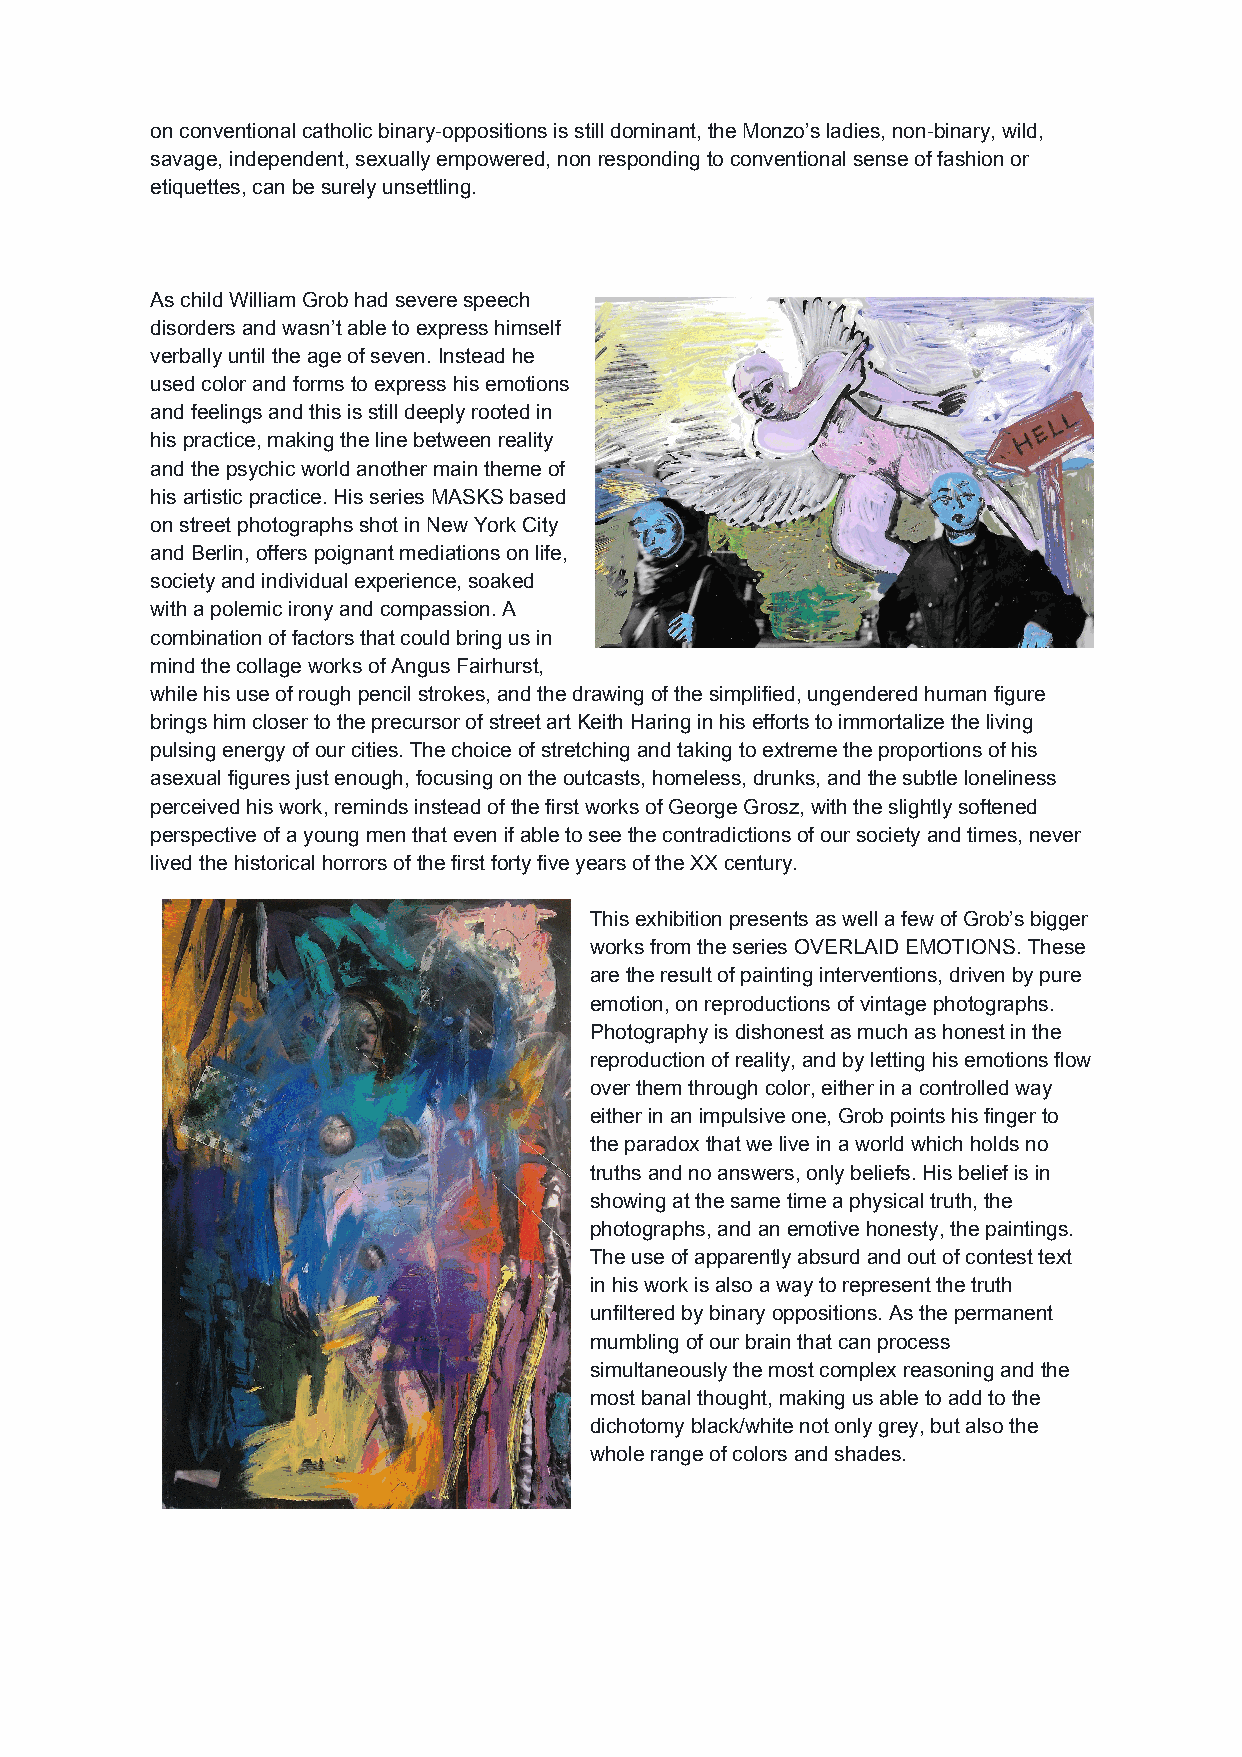
on conventional catholic binary-oppositions is still dominant, the Monzo’s ladies, non-binary, wild,
 savage, independent, sexually empowered, non responding to conventional sense of fashion or
 etiquettes, can be surely unsettling.
 As child William Grob had severe speech
 disorders and wasn’t able to express himself
 verbally until the age of seven. Instead he
 used color and forms to express his emotions
 and feelings and this is still deeply rooted in
 his practice, making the line between reality
 and the psychic world another main theme of
 his artistic practice. His series MASKS based
 on street photographs shot in New York City
 and Berlin, offers poignant mediations on life,
 society and individual experience, soaked
 with a polemic irony and compassion. A
 combination of factors that could bring us in
 mind the collage works of Angus Fairhurst,
 while his use of rough pencil strokes, and the drawing of the simplified, ungendered human figure
 brings him closer to the precursor of street art Keith Haring in his efforts to immortalize the living
 pulsing energy of our cities. The choice of stretching and taking to extreme the proportions of his
 asexual figures just enough, focusing on the outcasts, homeless, drunks, and the subtle loneliness
 perceived his work, reminds instead of the first works of George Grosz, with the slightly softened
 perspective of a young men that even if able to see the contradictions of our society and times, never
 lived the historical horrors of the first forty five years of the XX century.
 This exhibition presents as well a few of Grob’s bigger
 works from the series OVERLAID EMOTIONS. These
 are the result of painting interventions, driven by pure
 emotion, on reproductions of vintage photographs.
 Photography is dishonest as much as honest in the
 reproduction of reality, and by letting his emotions flow
 over them through color, either in a controlled way
 either in an impulsive one, Grob points his finger to
 the paradox that we live in a world which holds no
 truths and no answers, only beliefs. His belief is in
 showing at the same time a physical truth, the
 photographs, and an emotive honesty, the paintings.
 The use of apparently absurd and out of contest text
 in his work is also a way to represent the truth
 unfiltered by binary oppositions. As the permanent
 mumbling of our brain that can process
 simultaneously the most complex reasoning and the
 most banal thought, making us able to add to the
 dichotomy black/white not only grey, but also the
 whole range of colors and shades.